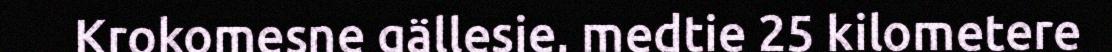
Krokomesne gällesje, medtie 25 kilometere